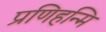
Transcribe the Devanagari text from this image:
प्रणिहन्मि